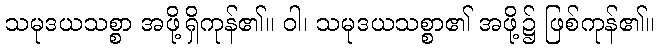
သမုဒယသစ္စာ အဖို့ရှိကုန်၏။ ဝါ၊ သမုဒယသစ္စာ၏ အဖို့၌ ဖြစ်ကုန်၏။